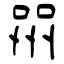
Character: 喌